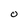
Character: 0